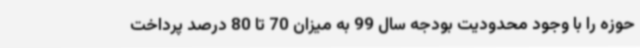
حوزه را با وجود محدودیت بودجه سال 99 به میزان 70 تا 80 درصد پرداخت